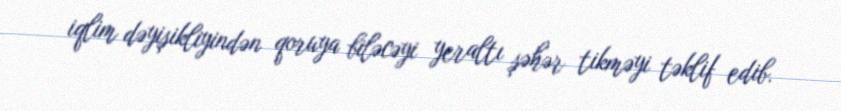
iqlim dəyişikliyindən qoruya biləcəyi yeraltı şəhər tikməyi təklif edib.